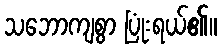
သဘောကျစွာ ပြုံးရယ်၏။